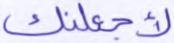
لأجعلنك